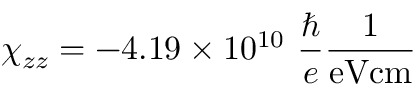
\chi _ { z z } = - 4 . 1 9 \times 1 0 ^ { 1 0 } ~ \frac { \hbar } { e } \frac { 1 } { \mathrm { e V c m } }